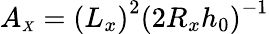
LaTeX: A_{\scriptscriptstyle X}=\left({L_{x}}\right)^{2}\left({2R_{x}h_{0}}\right)^{-1}